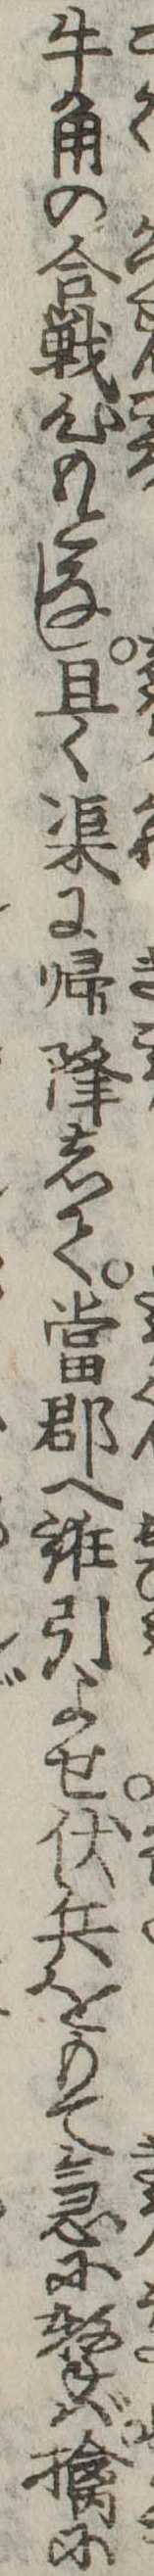
牛角の合戦心もとなし且く渠に帰降して当郡へ誑引よせ伏兵をもて急に撃ば擒に